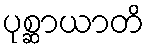
ပုစ္ဆာယာတိ